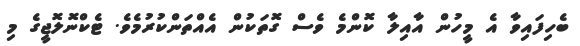
ބެހިފައިވާ އެ މީހުން އާއިލާ ކޮންމެ ވެސް ގޮތަކުން އެއްތަންކުރުމެވެ. ޓެކްނޮލޮޖީގެ މި